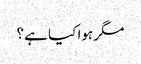
مگر ہوا کیا ہے ؟